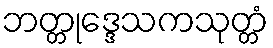
ဘတ္တုဒ္ဒေသကသုတ္တံ